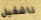
ناشفيل